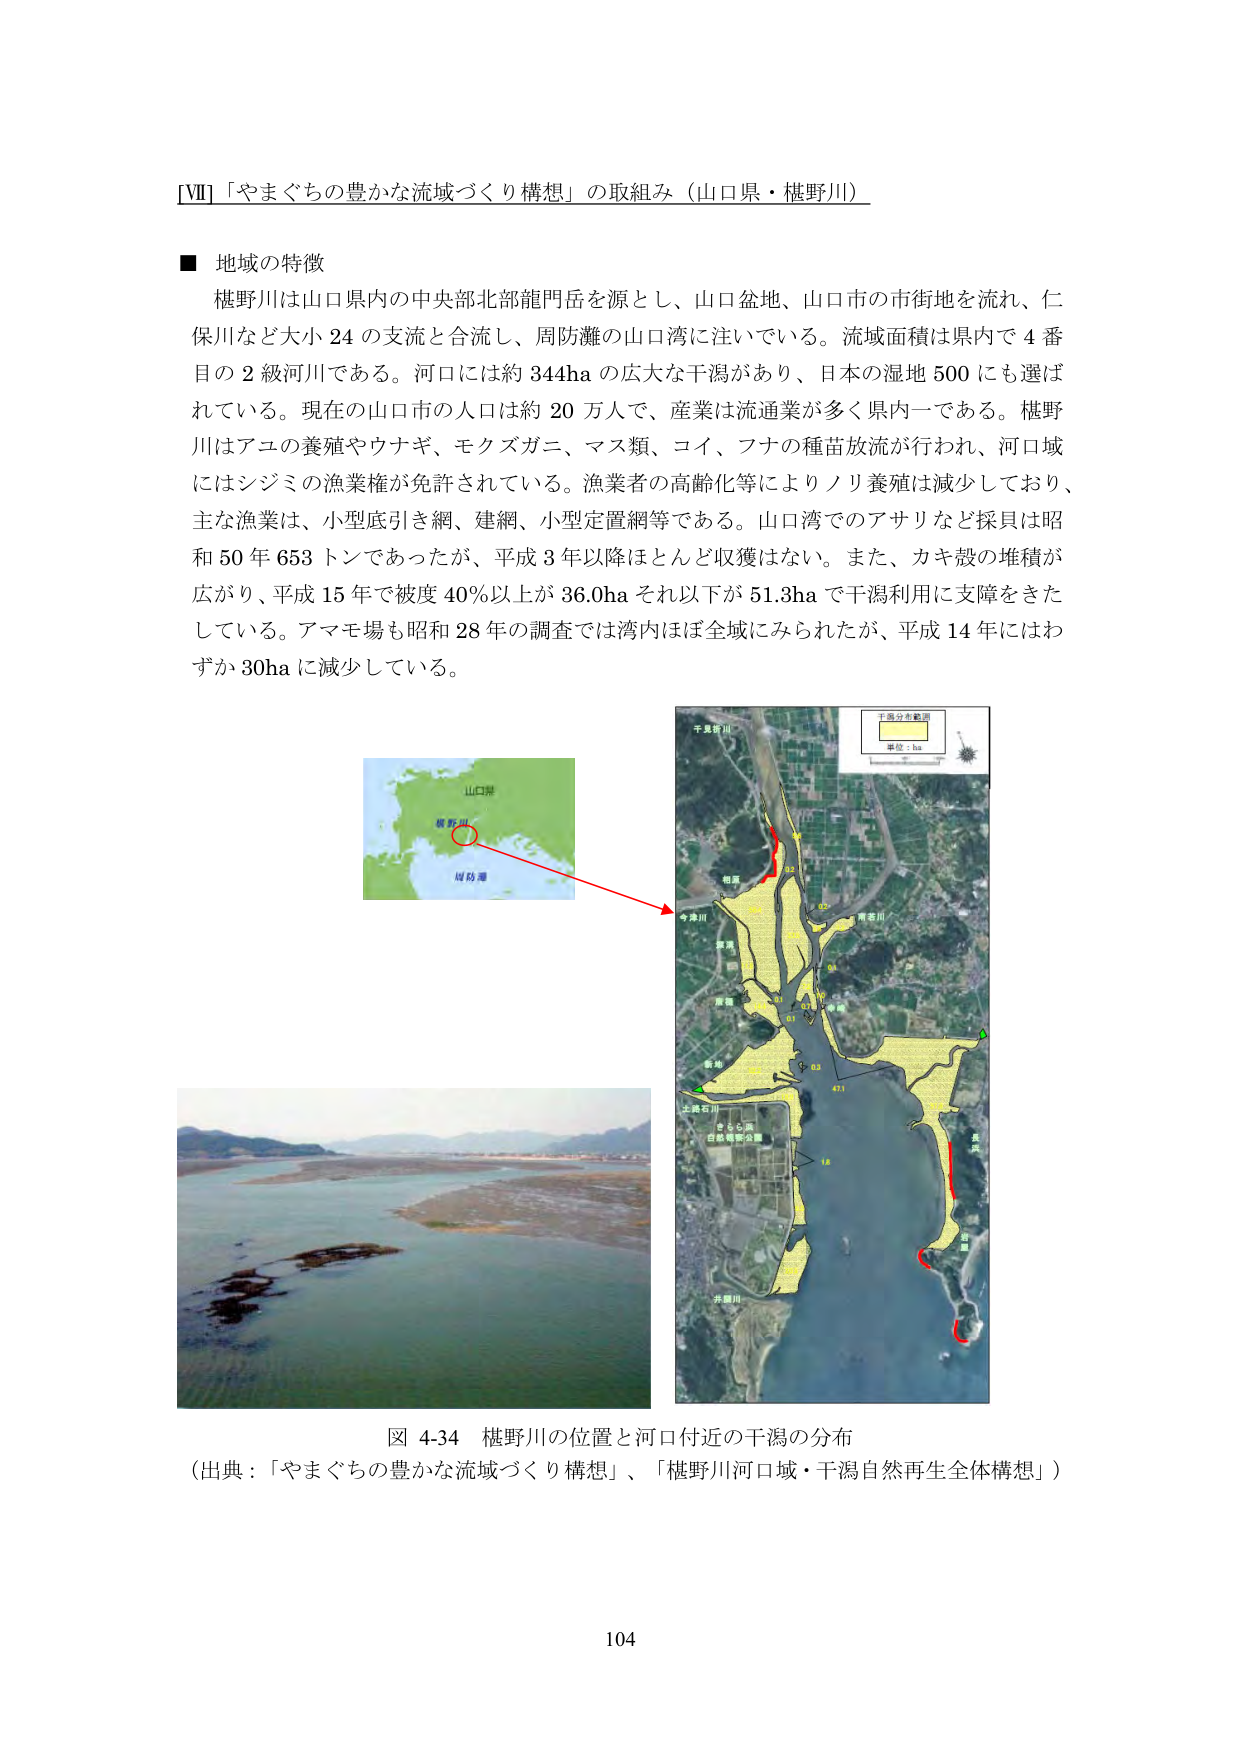
[VII] 「やまぐちの豊かな流域づくり構想」の取組み（山口県・椹野川）

■ 地域の特徴
椹野川は山口県内の中央部北部龍門岳を源とし、山口盆地、山口市の市街地を流れ、仁保川など大小24の支流と合流し、周防灘の山口湾に注いでいる。流域面積は県内で4番目の2級河川である。河口には約344haの広大な干潟があり、日本の湿地500にも選ばれている。現在の山口市の人口は約20万人で、産業は流通業が多く県内一である。椹野川はアユの養殖やウナギ、モクズガニ、マス類、コイ、フナの種苗放流が行われ、河口域にはシジミの漁業権が免許されている。漁業者の高齢化等によりノリ養殖は減少しており、主な漁業は、小型底引き網、建網、小型定置網等である。山口湾でのアサリなど採貝は昭和50年653トンであったが、平成3年以降ほとんど収獲はない。また、カキ殻の堆積が広がり、平成15年で被度40％以上が36.0ha、それ以下が51.3haで干潟利用に支障をきたしている。アマモ場も昭和28年の調査では湾内ほぼ全域にみられたが、平成14年にはわずか30haに減少している。

図 4-34 椹野川の位置と河口付近の干潟の分布
（出典：「やまぐちの豊かな流域づくり構想」、「椹野川河口域・干潟自然再生全体構想」）

104